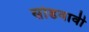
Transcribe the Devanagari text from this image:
सोडवावी